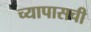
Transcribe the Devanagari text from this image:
च्यापासची